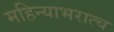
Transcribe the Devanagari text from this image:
महिन्याभरात्च